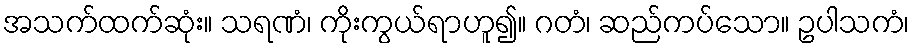
အသက်ထက်ဆုံး။ သရဏံ၊ ကိုးကွယ်ရာဟူ၍။ ဂတံ၊ ဆည်ကပ်သော။ ဥပါသကံ၊